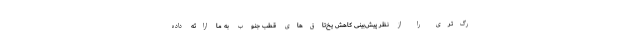
رگ‌تری را از نظر پیش‌بینی کاهش یخ‌تاق‌های قطب جنوب به ما ارائه داده